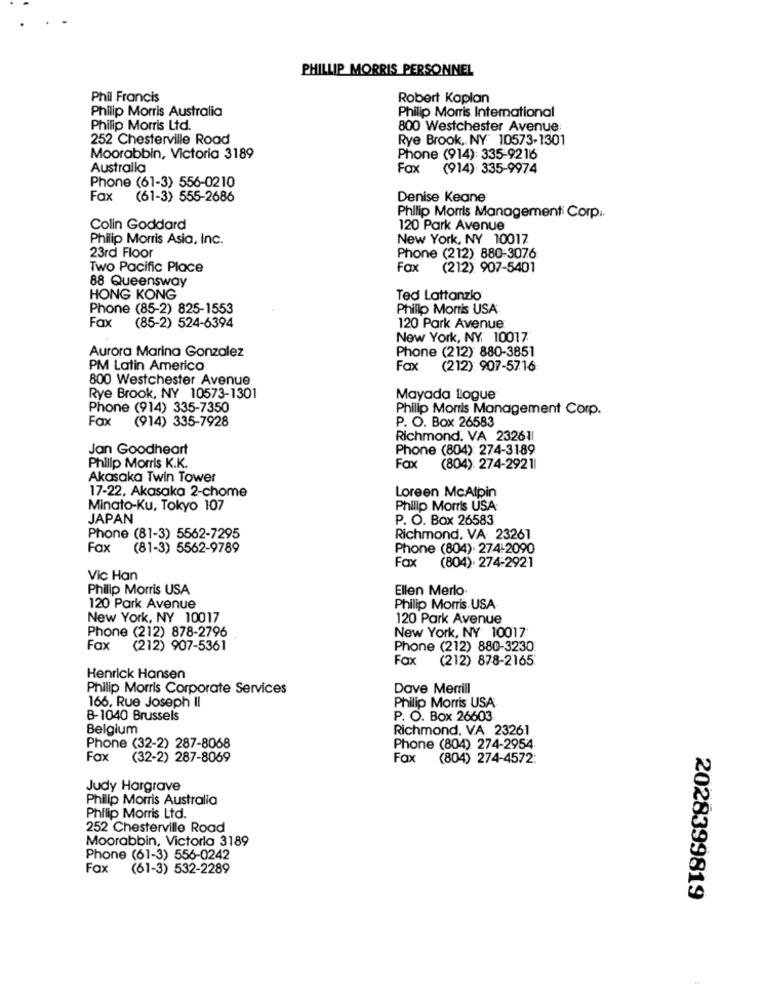
PHILLIP MORRIS PERSONNEL
Phil Francis
Robert Kaplan
Philip Morris Australia
Philip Morris International
Philip Morris Ltd.
800 Westchester Avenue:
252 Chesterville Road
Rye Brook, NY 10573-1301
Moorabbin, Victoria 3189
Phone (914): 335-9216
Australla
Fax (914) 335-9974
Phone (61-3) 556-0210
Fax
(61-3) 555-2686
Denise Keane
Philip Morris Managementi Corpi.
Colin Goddard
120 Park Avenue
Philip Morris Asia, Inc.
New York, NY 10017
23rd Floor
Phone (212) 880-3076
Two Pacific Place
Fax
(212) 907-5401
88 Queensway
HONG KONG
Ted Lattanzio
Phone (85-2) 825-1553
Philip Morris USA
Fax
(85-2) 524-6394
120 Park Avenue
New York, NY, 10017
Aurora Marina Gonzalez
Phone (212): 880-3851
PM Latin America
Fax
(212) 907-5716
800 Westchester Avenue
Rye Brook, NY 10573-1301
Mayada llogue
Phone (914) 335-7350
Philip Morris Management Corp.
Fax
(914) 335-7928
P. O. Box 26583
Richmond. VA 232611
Jan Goodheart
Phone (804): 274-3189
Philip Morris K.K.
Fax
(804): 274-29211
Akosaka Twin Tower
17-22, Akasaka 2-chome
Loreen McAtpin
Minato-Ku, Tokyo 107
Philip Morris USA
JAPAN
P. O. Box 26583
Phone (81-3) 5562-7295
Richmond, VA 23261
Fax
(81-3) 5562-9789
Phone (804). 274-2090
Fax
(804). 274-2921
Vic Han
Philip Morris USA
Ellen Merlo·
120 Park Avenue
Philip Morris USA-
New York, NY 10017
120 Park Avenue
Phone (212) 878-2796
New York, NY 10017
Fax
(212) 907-5361
Phone (212) 880-3230
Fax
(212) 878-2165
Henrick Hansen
Philip Morris Corporate Services
Dave Merrill
166, Rue Joseph II
Philip Morris USA
B-1040 Brussels
P. O. Box 26603
Belgium
Richmond, VA. 23261
Phone (32-2) 287-8068
Phone (804) 274-2954
Fax
(32-2) 287-8069
Fax
(804) 274-4572:
Judy Hargrave
Philip Morris Australia
Philip Morris Ltd.
252 Chesterville Road
Moorabbin, Victoria 3189
Phone (61-3) 556-0242
Fax
(61-3) 532-2289
2028399819